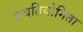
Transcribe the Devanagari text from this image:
प्रचतियोगिता